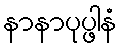
နာနာပုပ္ဖါနံ